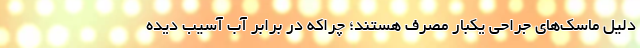
دلیل ماسک‌های جراحی یکبار مصرف هستند؛ چراکه در برابر آب آسیب دیده